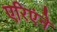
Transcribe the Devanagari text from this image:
एरिएंने